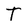
Character: T